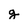
Character: g